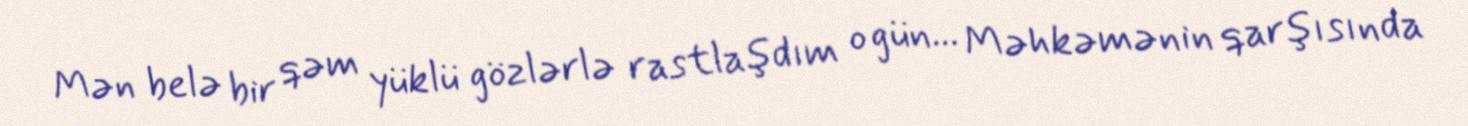
Mən belə bir qəm yüklü gözlərlə rastlaşdım o gün... Məhkəmənin qarşısında